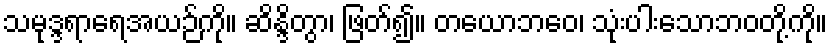
သမုဒ္ဒရာရေအယဉ်ကို။ ဆိန္ဒိတွာ၊ ဖြတ်၍။ တယောဘဝေ၊ သုံးပါးသောဘဝတို့ကို။